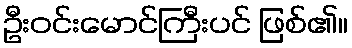
ဦးဝင်းမောင်ကြီးပင် ဖြစ်၏။